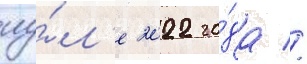
иу́л'е 2022 го́да //